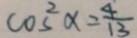
\cos ^ { 2 } \alpha = \frac { 4 } { 1 3 }